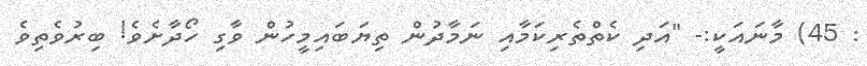
: 45) މާނައަކީ:- "އަދި ކެތްތެރިކަމާއި ނަމާދުން ތިޔަބައިމީހުން ވާގި ހޯދާށެވެ! ބިރުވެތިވެ